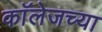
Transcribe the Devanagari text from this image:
काॅलेजच्या